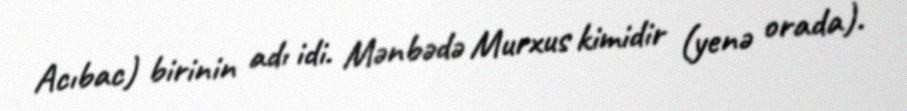
Acıbac) birinin adı idi. Mənbədə Murxus kimidir (yenə orada).